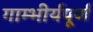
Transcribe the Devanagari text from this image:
गाम्भीर्यपूर्ण